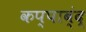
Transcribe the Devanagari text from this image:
कप्पाब्ंद्